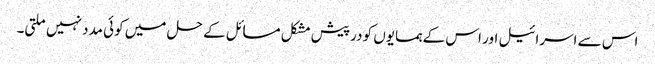
اس سے اسرائیل اور اس کے ہمسایوں کو درپیش مشکل مسائل کے حل میں کوئی مدد نہیں ملتی۔